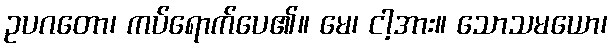
ဥပဂတော၊ ကပ်ရောက်ပေ၏။ မေ၊ ငါ့အား။ သောသမယော၊